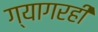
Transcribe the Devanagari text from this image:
ग्यागरहीं